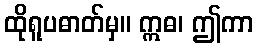
ထိုရူပဓာတ်မှ။ ဣဓ၊ ဤကာ